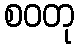
စဝတု